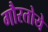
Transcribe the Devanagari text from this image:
गौरतोये